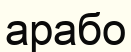
арабо